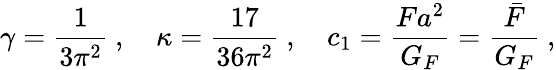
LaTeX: \gamma=\frac{1}{3\pi^{2}}~,~~~~\kappa=\frac{17}{36\pi^{2}}~,~~~~c_{1}=\frac{{F}a^{2}}{G_{F}}=\frac{\bar{F}}{G_{F}}~,